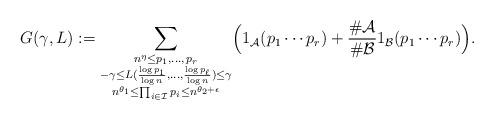
LaTeX: \begin{align*}G(\gamma,L):=\sum_{\substack{n^{\eta}\le p_1,\dots,\,p_r \\ -\gamma\le L(\frac{\log{p_1}}{\log{n}},\dots ,\frac{\log{p_\ell}}{\log{n}})\le \gamma\\ n^{\theta_1}\le\prod_{i\in\mathcal{I}}p_i\le n^{\theta_2+\epsilon} }}\Bigl(1_{\mathcal{A}}(p_1\cdots p_r)+\frac{\#\mathcal{A}}{\#\mathcal{B}}1_{\mathcal{B}}(p_1\cdots p_r)\Bigr).\end{align*}